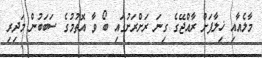
މާލެއާއި ޚިލާފަށް ރާއްޖޭގެ ގިނަ ރަށްރަށުގައި ބޯ ވާ އޮތުމުގެ ސަބަބުން މަދިރި